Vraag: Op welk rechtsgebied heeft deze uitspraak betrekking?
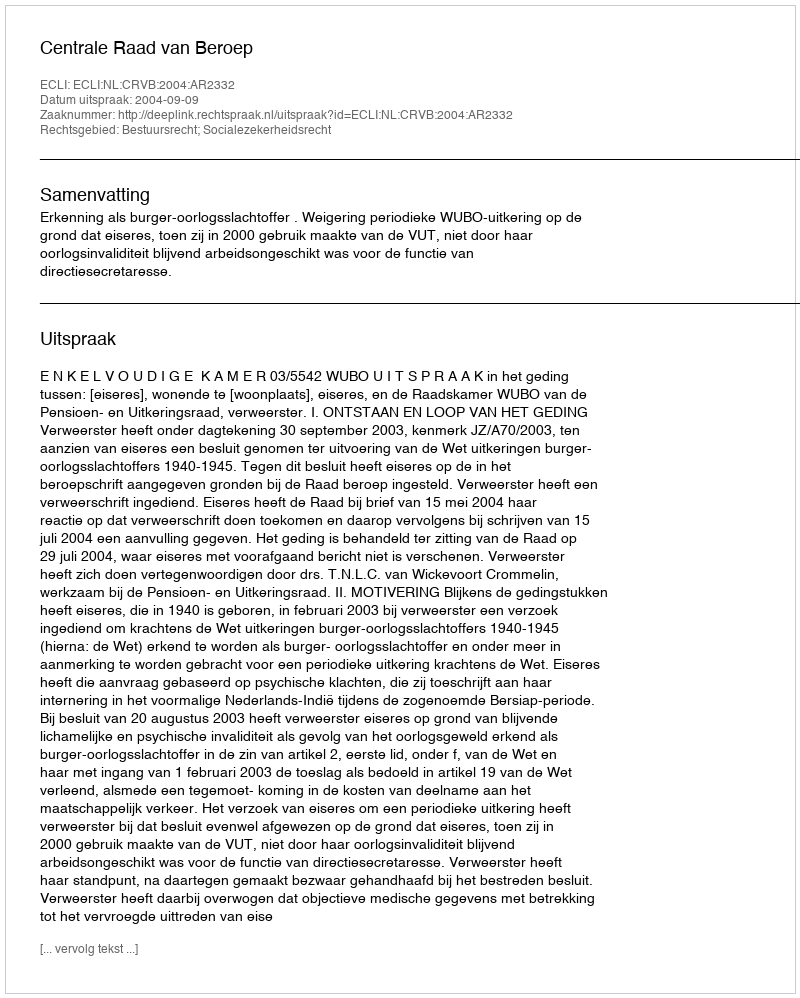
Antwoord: Bestuursrecht; Socialezekerheidsrecht